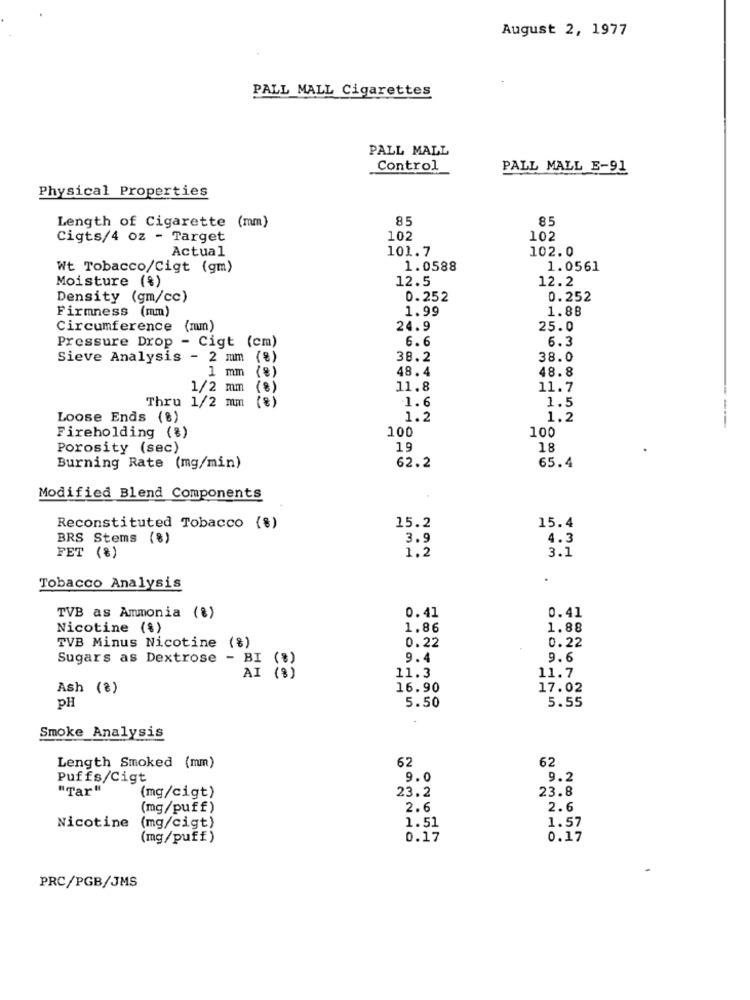
August 2, 1977
PALL MALL Cigarettes
PALL MALL
Control
PALL MALL E-91
Physical Properties
Length of Cigarette (mm)
85
85
Cigts/4 oz - Target
102
102
Actual
101.7
102.0
Wt Tobacco/Cigt (gm)
1.0588
1.0561
Moisture (%)
12.5
12.2
Density (gm/cc)
0.252
0.252
Firmness (mm)
1.99
1.88
Circumference (mm)
24.9
25.0
Pressure Drop - Cigt (cm)
6.6
6.3
Sieve Analysis - 2 mm (%)
38.2
38.0
1 mm (%)
48.4
48.8
1/2 mm (8)
11.8
11.7
Thru 1/2 mm (8)
.1.6
1.5
Loose Ends (%)
1.2
1.2
100
100
Fireholding (%)
Porosity (sec)
19
18
Burning Rate (mg/min)
62.2
65.4
Modified Blend Components
15.4
Reconstituted Tobacco (%)
15.2
BRS Stems (%)
3.9
4.3
1.2
3.1
FET (%)
Tobacco Analysis
TVB as Ammonia (%)
0.41
0.41
Nicotine (%)
1.86
1.88
TVB Minus Nicotine (%)
0.22
0.22
Sugars as Dextrose - BI (%)
9.4
9.6
AI (8)
11.3
11.7
Ash (8)
16.90
17.02
pH
5.50
5.55
Smoke Analysis
62
62
Length Smoked (mm)
Puffs/Cigt
9.0
9.2
"Tar"
23.2
23.8
(mg/cigt)
(mg/puff)
2.6
2.6
1.51
Nicotine
(mg/cigt)
1.57
(mg/puff)
0.17
0.17
PRC/PGB/JMS